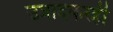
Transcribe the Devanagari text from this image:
उत्रादकरही